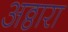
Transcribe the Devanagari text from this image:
अठ्ठारा